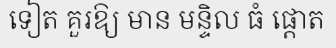
ទៀត គួរឱ្យ មាន មន្ទិល ធំ ផ្តោត